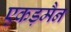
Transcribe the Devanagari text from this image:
एकड़मैन